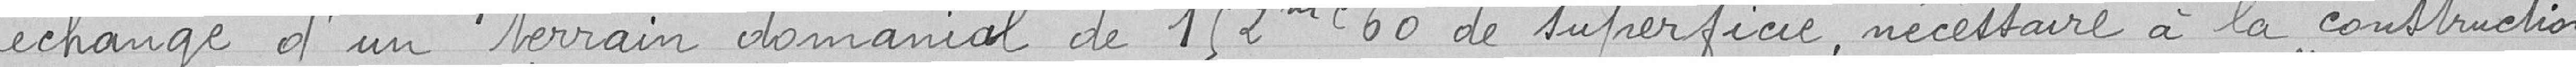
échange d'un terrain domanial de 152,60 mètres carrés de superficie, nécessaire à la construction